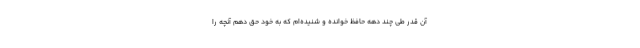
آن قدر طی چند دهه حافظ خوانده و شنیده‌ام که به خود حق دهم آنچه را